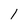
Character: 1